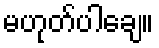
မဟုတ်ပါချေ။